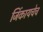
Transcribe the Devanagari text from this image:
जिंकायचेच